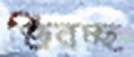
জিরচ্ছ